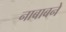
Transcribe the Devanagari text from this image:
नाबाबने